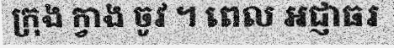
ក្រុង ក្វាង ចូវ ។ ពេល អជ្ញាធរ